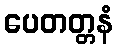
ပေတတ္တနံ